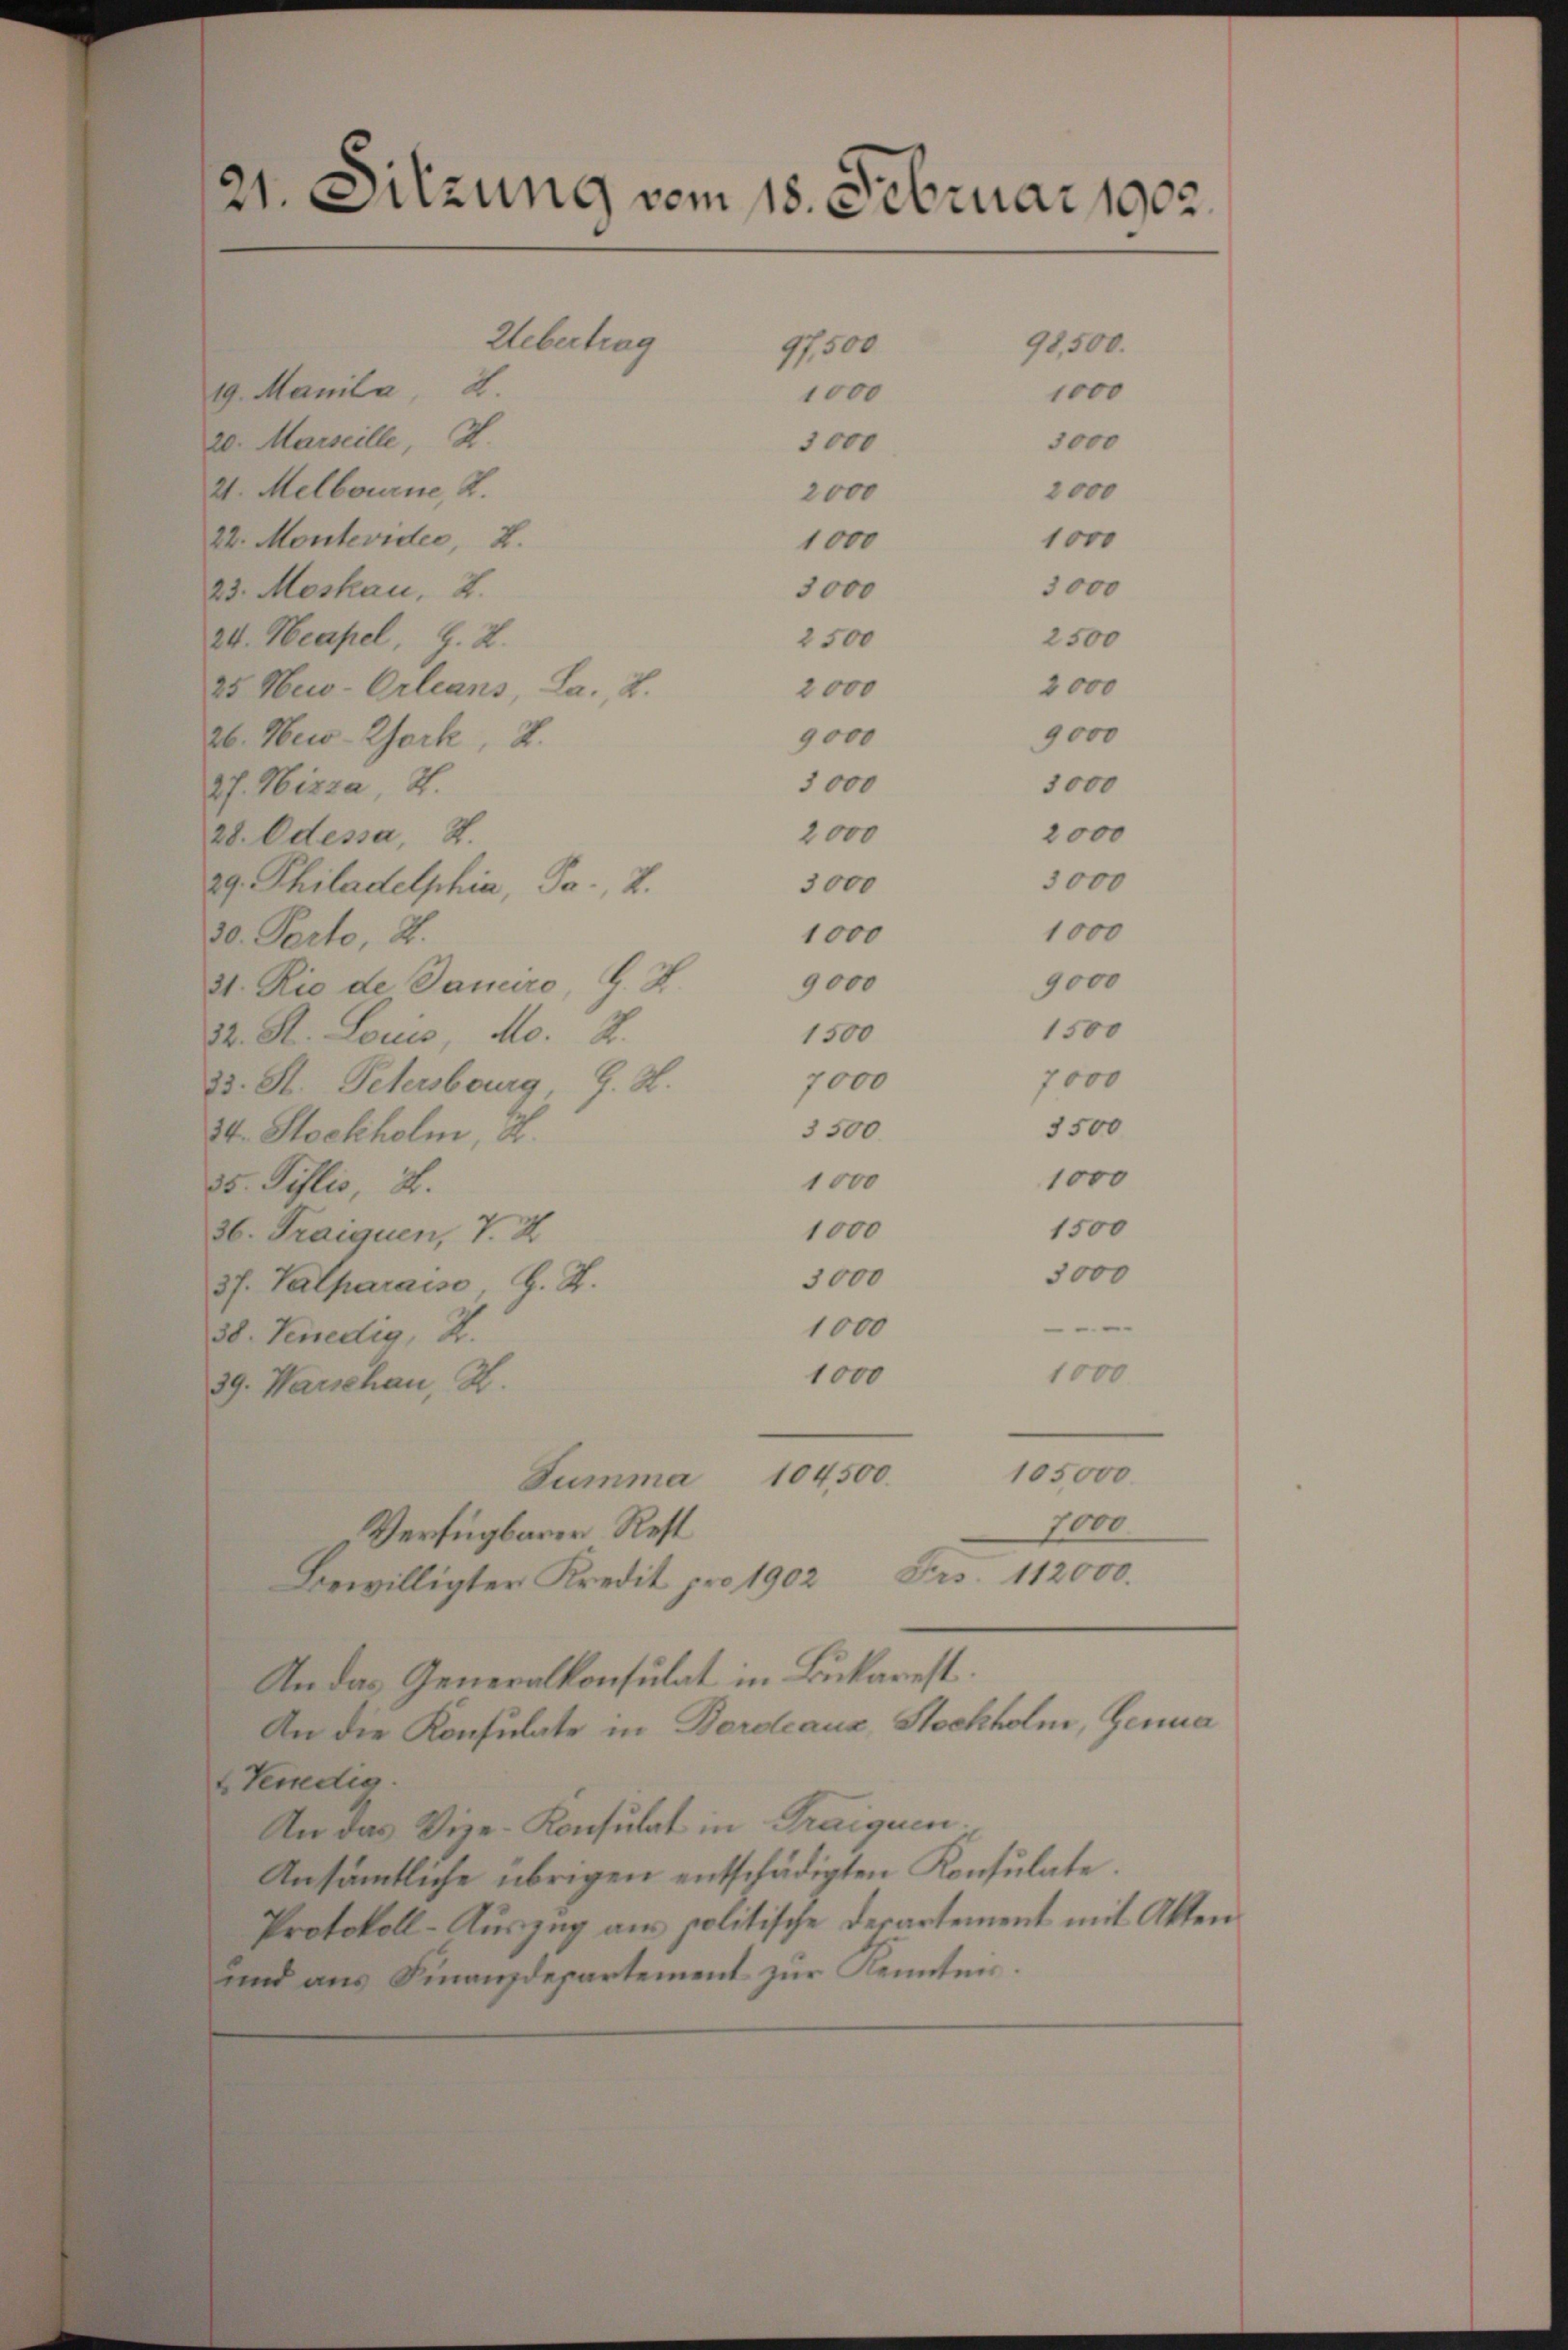
21. Sitzung vom 18. Februar 1902.
Uebertrag
98,500.
97,500
19. Manila 2.
1000
1000
20. Marseille H.
3000
3000
21. Melbourne, 2.
2000
2000
22. Montevidee, 2.
1000
1000

3000
23. Moskau, 2.
24. Neapel, G. L.
2500
25 New-Orleans, La. 2.
2000
9000
26. New-York, 2.
3000
27. Nizza, 2.
2000
28. Odessa, S.
29. Philadelphia, Ja. 2.
3000
1000
30. Perto, St.
9,000
31. Rio de Januro, 9. J
32. St. Louis, Mo. 2.
1500
7000
33. St. Petersburg, G. H.
3500.
34. Stockholm, 2.
1000
35. Pislis, 2.
1000
36. Fraiquen, 7. X
5000
3000
3f. Valparaise, H. H.
1000
38. Venedig, Z.
1000
1000
39. Warschau, H.
105000
Summa 104500.
1000
Verfügbarer Rest
Bewilligter Kredit pro 1902 Frs. 112000.
An das Generalkonsulat in Bukarest.
An die Konsulate in Bordeaus Stockholm, Genua
 Venedig
An das Vize-Konsulat in Traiquen
Ansämtliche übrigen entschädigten Konsulate.
Protokoll-Auszug aus politische Departement mit Akten
und aus Finanzdepartement zur Kennten.

3000
2500
2000
9000
3000
2000
3000
1000

1500
7000
1500

9000

1000
1500